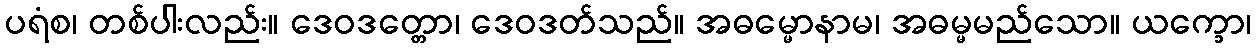
ပရံစ၊ တစ်ပါးလည်း။ ဒေဝဒတ္တော၊ ဒေဝဒတ်သည်။ အဓမ္မောနာမ၊ အဓမ္မမည်သော။ ယက္ခော၊